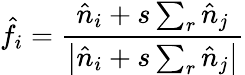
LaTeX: \hat{f}_{i}=\frac{\hat{n}_{i}+s\sum_{r}\hat{n}_{j}}{\left|\hat{n}_{i}+s\sum_{r}\hat{n}_{j}\right|}